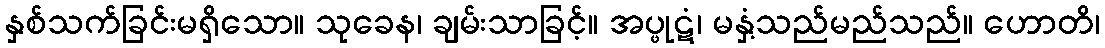
နှစ်သက်ခြင်းမရှိသော။ သုခေန၊ ချမ်းသာခြင့်။ အပ္ဖုဋံ၊ မနှံ့သည်မည်သည်။ ဟောတိ၊